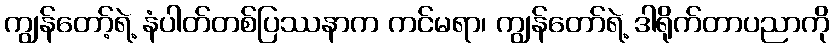
ကျွန်တော့်ရဲ့ နံပါတ်တစ်ပြဿနာက ကင်မရာ၊ ကျွန်တော်ရဲ့ ဒါရိုက်တာပညာကို